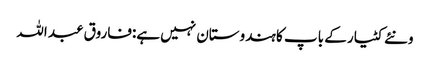
ونئے کٹیار کے باپ کا ہندوستان نہیں ہے:فاروق عبد اللہ